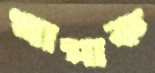
খাপাক